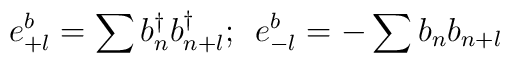
e_{+l}^{b}=\sum b_{n}^{\dagger}b_{n+l}^{\dagger};\hspace{2mm}e_{-l}^{b}=-\sum b_{n}b_{n+l}